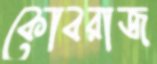
কোবরাজ